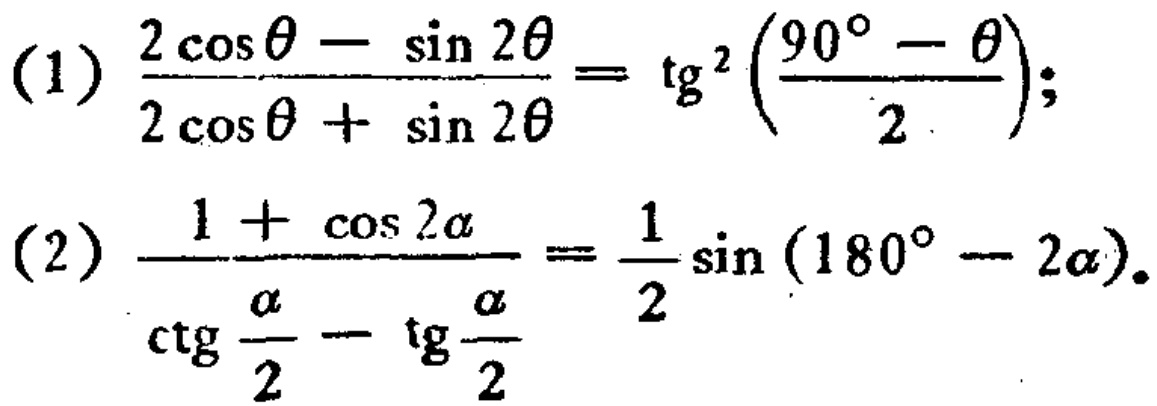
(1) \(\frac{2\cos\theta - \sin 2\theta}{2\cos\theta + \sin 2\theta}= \tg^{2}\left(\frac{90^{\circ}-\theta}{2}\right)\);

(2) \(\frac{1 + \cos 2\alpha}{\operatorname{ctg}\frac{\alpha}{2}-\tg\frac{\alpha}{2}}=\frac{1}{2}\sin(180^{\circ}- 2\alpha)\).